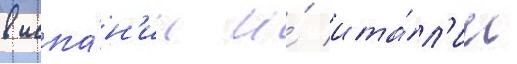
в испа́н'ии и́ ита́л'ии